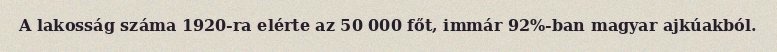
A lakosság száma 1920-ra elérte az 50 000 főt, immár 92%-ban magyar ajkúakból.